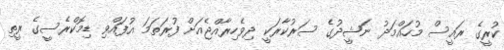
ކުރީގެ ރައީސް މުހައްމަދު ނަޝީދުގެ ސަރުކާރަކީ ދިވެހިރާއްޖެއަށް ފުރަތަމަ އުފައްވި ޑިމޮކްރެސީގެ ރީތި